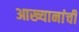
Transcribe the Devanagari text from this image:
आख्यानांची